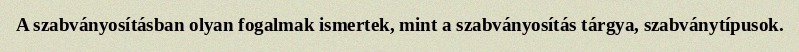
A szabványosításban olyan fogalmak ismertek, mint a szabványosítás tárgya, szabványtípusok.